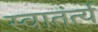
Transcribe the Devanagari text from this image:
स्वातंर्त्य